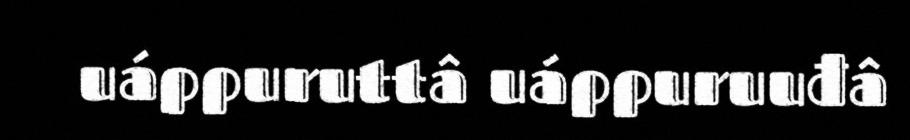
uáppuruttâ uáppuruuđâ